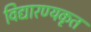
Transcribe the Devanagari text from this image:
विद्यारण्यकृत